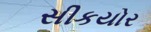
સીકયોર